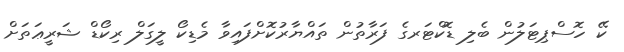
ކޭ ހޮސްޕިޓަލުން ބެލި ޑޮކްޓަރގެ ފަރާތުން ތައްޔާރުކޮށްފައިވާ މެޑިކޯ ލީގަލް ރިކޯޑް ޝަރީޢަތަށް